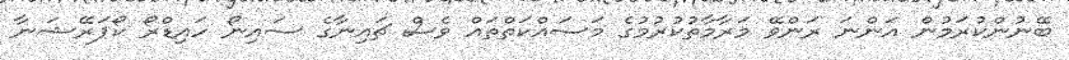
ބޭނުންކުރަމުން އަންނަ ރަންވޭ މަރާމާތުކުރުމުގެ މަސައްކަތްތައް ވެސް ޗައިނާގެ ސައިނޯ ހައިޑްރޯ ކޯޕަރޭޝަނާ